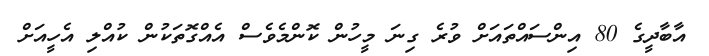
އާބާދީގެ 80 އިންސައްތައަށް ވުރެ ގިނަ މީހުން ކޮންމެވެސް އެއްގޮތަކުން ކުއްލި އެހީއަށް